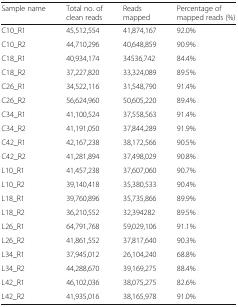
<table><thead><tr><td><b>Sample name</b></td><td><b>Total no. of clean reads</b></td><td><b>Reads mapped</b></td><td><b>Percentage of mapped reads (%)</b></td></tr></thead><tbody><tr><td>C10_R1</td><td>45,512,554</td><td>41,874,167</td><td>92.0%</td></tr><tr><td>C10_R2</td><td>44,710,296</td><td>40,648,859</td><td>90.9%</td></tr><tr><td>C18_R1</td><td>40,934,174</td><td>34536,742</td><td>84.4%</td></tr><tr><td>C18_R2</td><td>37,227,820</td><td>33,324,089</td><td>89.5%</td></tr><tr><td>C26_R1</td><td>34,522,116</td><td>31,548,790</td><td>91.4%</td></tr><tr><td>C26_R2</td><td>56,624,960</td><td>50,605,220</td><td>89.4%</td></tr><tr><td>C34_R1</td><td>41,100,524</td><td>37,558,563</td><td>91.4%</td></tr><tr><td>C34_R2</td><td>41,191,050</td><td>37,844,289</td><td>91.9%</td></tr><tr><td>C42_R1</td><td>42,167,238</td><td>38,172,566</td><td>90.5%</td></tr><tr><td>C42_R2</td><td>41,281,894</td><td>37,498,029</td><td>90.8%</td></tr><tr><td>L10_R1</td><td>41,457,238</td><td>37,607,060</td><td>90.7%</td></tr><tr><td>L10_R2</td><td>39,140,418</td><td>35,380,533</td><td>90.4%</td></tr><tr><td>L18_R1</td><td>39,760,896</td><td>35,735,866</td><td>89.9%</td></tr><tr><td>L18_R2</td><td>36,210,552</td><td>32,394282</td><td>89.5%</td></tr><tr><td>L26_R1</td><td>64,791,768</td><td>59,029,106</td><td>91.1%</td></tr><tr><td>L26_R2</td><td>41,861,552</td><td>37,817,640</td><td>90.3%</td></tr><tr><td>L34_R1</td><td>37,945,012</td><td>26,104,240</td><td>68.8%</td></tr><tr><td>L34_R2</td><td>44,288,670</td><td>39,169,275</td><td>88.4%</td></tr><tr><td>L42_R1</td><td>46,102,036</td><td>38,075,275</td><td>82.6%</td></tr><tr><td>L42_R2</td><td>41,935,016</td><td>38,165,978</td><td>91.0%</td></tr></tbody></table>